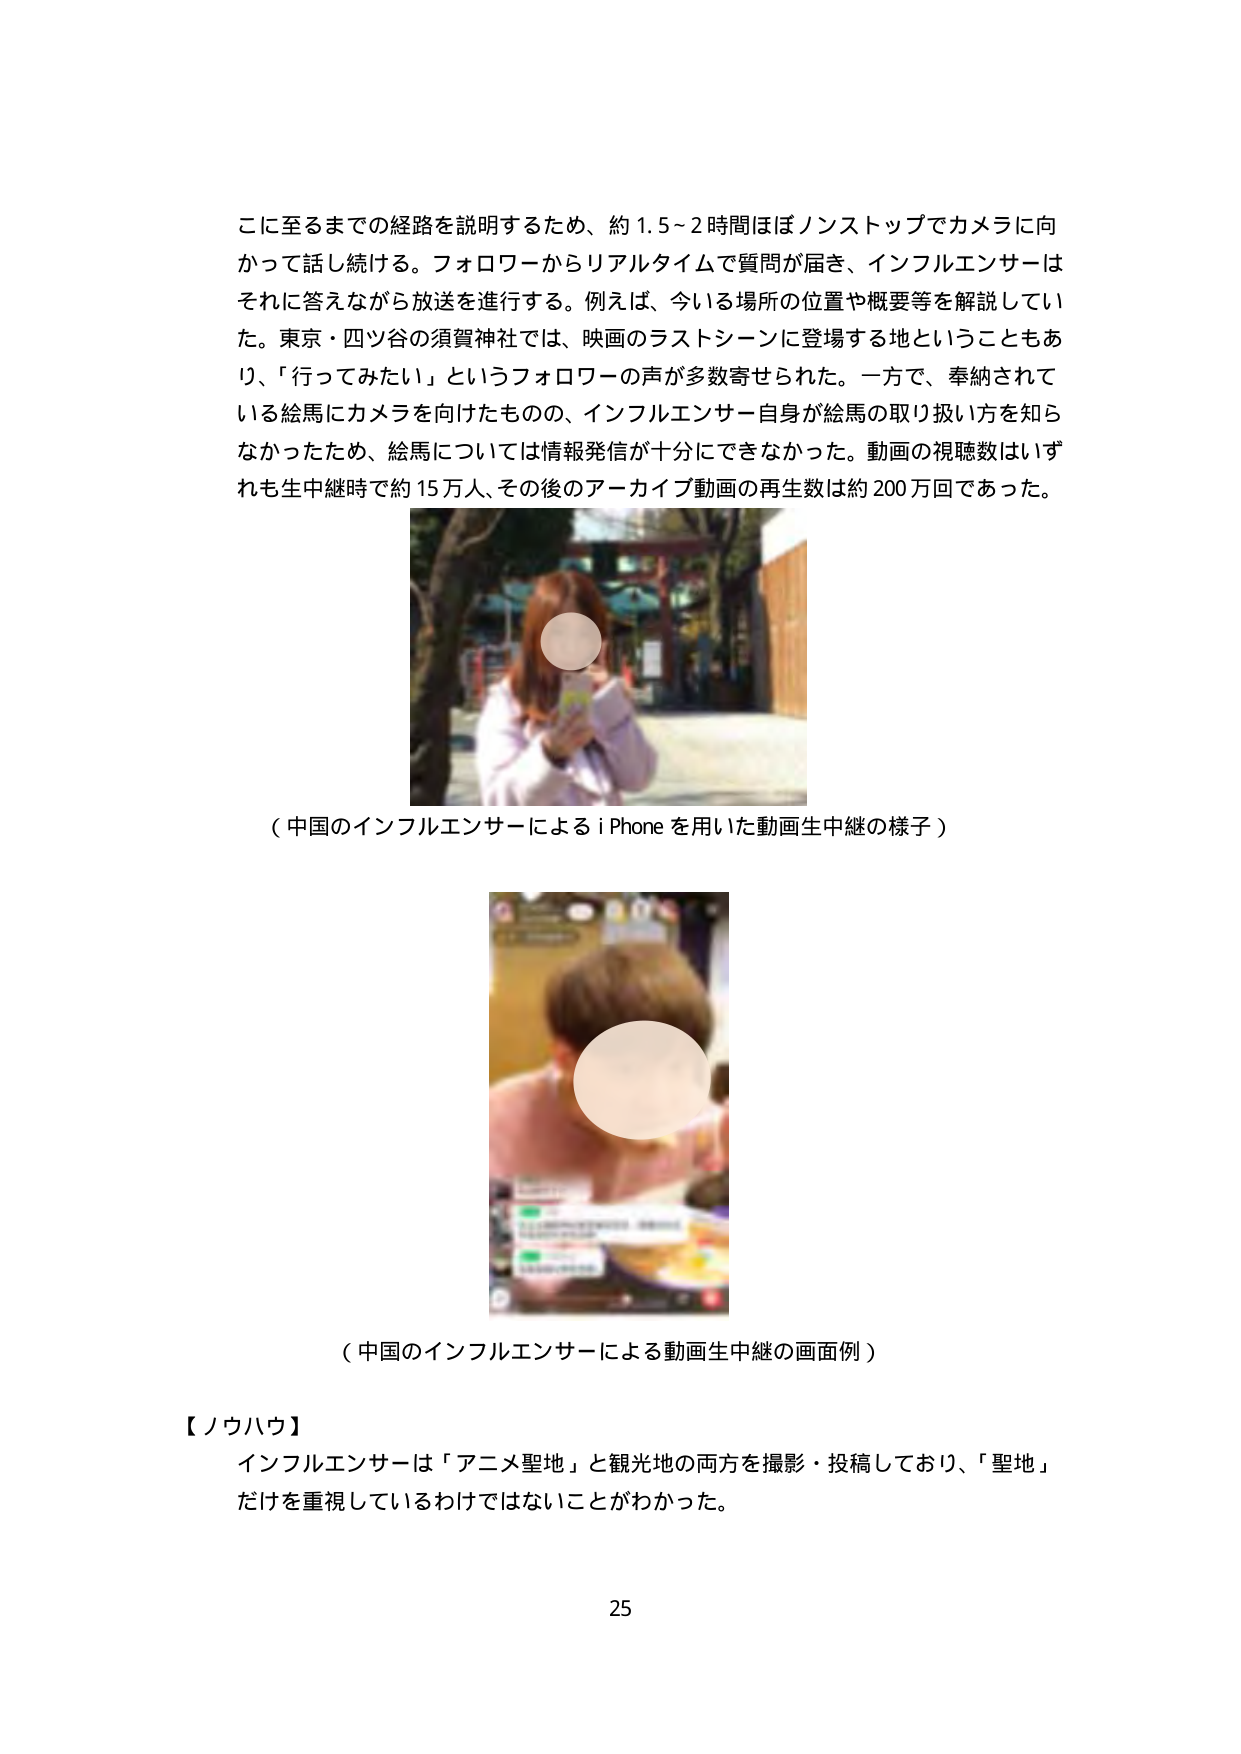
こに至るまでの経路を説明するため、約1.5～2時間ほぼノンストップでカメラに向かって話し続ける。フォロワーからリアルタイムで質問が届き、インフルエンサーはそれに答えながら放送を進行する。例えば、今いる場所の位置や概要等を解説していた。東京・四ツ谷の須賀神社では、映画のラストシーンに登場する地ということもあり、「行ってみたい」というフォロワーの声が多数寄せられた。一方で、奉納されている絵馬にカメラを向けたものの、インフルエンサー自身が絵馬の取り扱い方を知らなかったため、絵馬については情報発信が十分にできなかった。動画の視聴数はいずれも生中継時で約15万人、その後のアーカイブ動画の再生数は約200万回であった。

（中国のインフルエンサーによるiPhoneを用いた動画生中継の様子）

（中国のインフルエンサーによる動画生中継の画面例）

【ノウハウ】
インフルエンサーは「アニメ聖地」と観光地の両方を撮影・投稿しており、「聖地」だけを重視しているわけではないことがわかった。

25